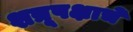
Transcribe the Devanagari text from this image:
शत्रूपक्षाचे